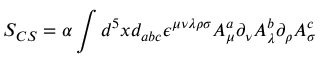
S _ { C S } = \alpha \int d ^ { 5 } x d _ { a b c } \epsilon ^ { \mu \nu \lambda \rho \sigma } A _ { \mu } ^ { a } \partial _ { \nu } A _ { \lambda } ^ { b } \partial _ { \rho } A _ { \sigma } ^ { c }